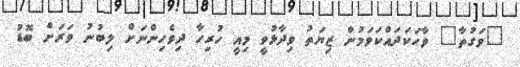
"ވަގުތާ" ވާހަކަދައްކަވަމުން ޒިޔަތު ވިދާޅުވީ މިއީ ހުރިހާ ދިވެހިންނަށް ލިބުނު ވަރަށް ބޮޑު